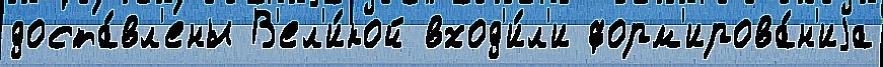
доста́вл'ены В'ел'и́кой вход'и́л'и форм'ирова́н'иjа